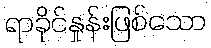
ရာခိုင်နှုန်းဖြစ်သော